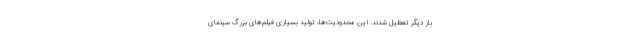
بار دیگر تعطیل شدند. این محدودیت‌ها، تولید بسیاری فیلم‌های بزرگ سینمای